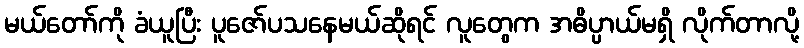
မယ်တော်ကို ခံယူပြီး ပူဇော်ပသနေမယ်ဆိုရင် လူတွေက အဓိပ္ပာယ်မရှိ လိုက်တာလို့